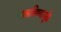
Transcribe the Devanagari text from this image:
चालविण्यामुळे